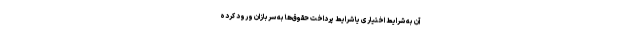
آن به شرایط اختیاری یا شرایط پرداخت حقوق‌ها به سربازان ورود کرده